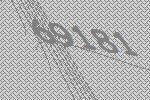
69181